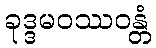
ခုဒ္ဒမဝဿဝန္တံ